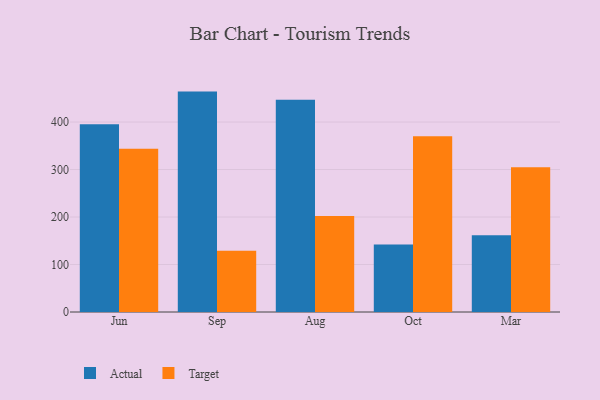
{"axis": {"x": "Month", "y": "Active Users"}, "legend": ["Actual", "Target"], "data": [{"x": "Jun", "y": 395.3, "type": "Actual"}, {"x": "Jun", "y": 343.5, "type": "Target"}, {"x": "Sep", "y": 464.1, "type": "Actual"}, {"x": "Sep", "y": 129.1, "type": "Target"}, {"x": "Aug", "y": 447.2, "type": "Actual"}, {"x": "Aug", "y": 202.3, "type": "Target"}, {"x": "Oct", "y": 142.3, "type": "Actual"}, {"x": "Oct", "y": 370.0, "type": "Target"}, {"x": "Mar", "y": 161.8, "type": "Actual"}, {"x": "Mar", "y": 304.9, "type": "Target"}]}